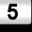
Digit: 5